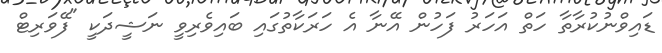
ޑައިވްނުކުރާތާ ހަތް އަހަރު ފަހުން އޭނާ އެ ހަރަކާތުގައި ބައިވެރިވީ ނަޝީދަކީ "ފޭވަރިޓް